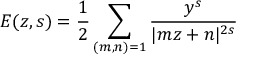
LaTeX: E ( z , s ) = { \frac { 1 } { 2 } } \sum _ { ( m , n ) = 1 } { \frac { y ^ { s } } { | m z + n | ^ { 2 s } } }